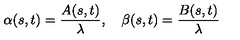
\alpha ( s , t ) = { \frac { A ( s , t ) } { \lambda } } , \quad \beta ( s , t ) = { \frac { B ( s , t ) } { \lambda } }